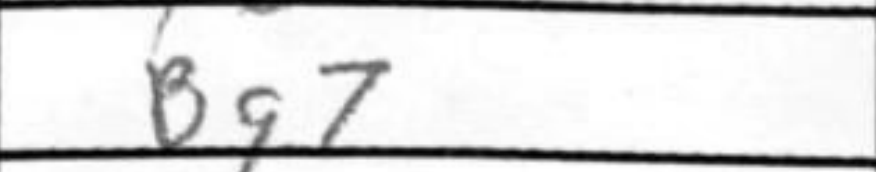
Transcription: Bg7